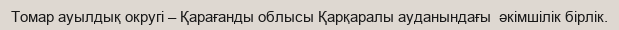
Томар ауылдық округі – Қарағанды облысы Қарқаралы ауданындағы  әкімшілік бірлік.